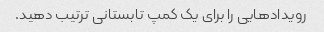
رویدادهایی را برای یک کمپ تابستانی ترتیب دهید.